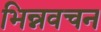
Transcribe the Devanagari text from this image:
भिन्नवचन